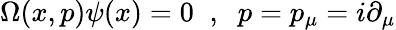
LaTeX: \Omega(x,p)\psi(x)=0\; \; ,\; \; p=p_{\mu}=i\partial_{\mu}